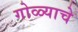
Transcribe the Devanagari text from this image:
गोळ्याचे